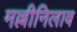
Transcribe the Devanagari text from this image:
मल्लीनिलाव